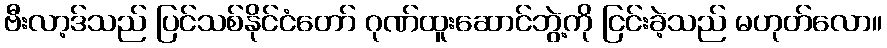
ဗီးလာ့ဒ်သည် ပြင်သစ်နိုင်ငံတော် ဂုဏ်ထူးဆောင်ဘွဲ့ကို ငြင်းခဲ့သည် မဟုတ်လော။